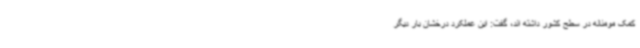
کمک مومنانه در سطح کشور داشته اند، گفت: این عملکرد درخشان بار دیگر